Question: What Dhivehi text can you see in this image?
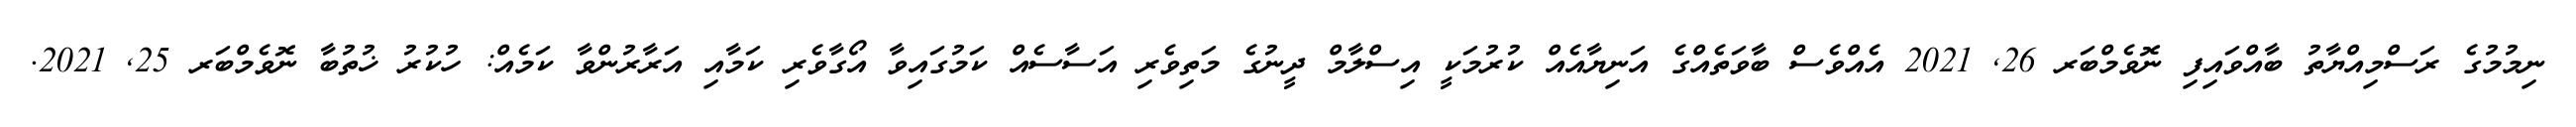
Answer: ނިމުމުގެ ރަސްމިއްޔާތު ބާއްވައިފި ނޮވެމްބަރ 26, 2021 އެއްވެސް ބާވަތެއްގެ އަނިޔާއެއް ކުރުމަކީ އިސްލާމް ދީނުގެ މަތިވެރި އަސާސެއް ކަމުގައިވާ އޯގާވެރި ކަމާއި އަރާރުންވާ ކަމެއް: ހުކުރު ޚުތުބާ ނޮވެމްބަރ 25, 2021.